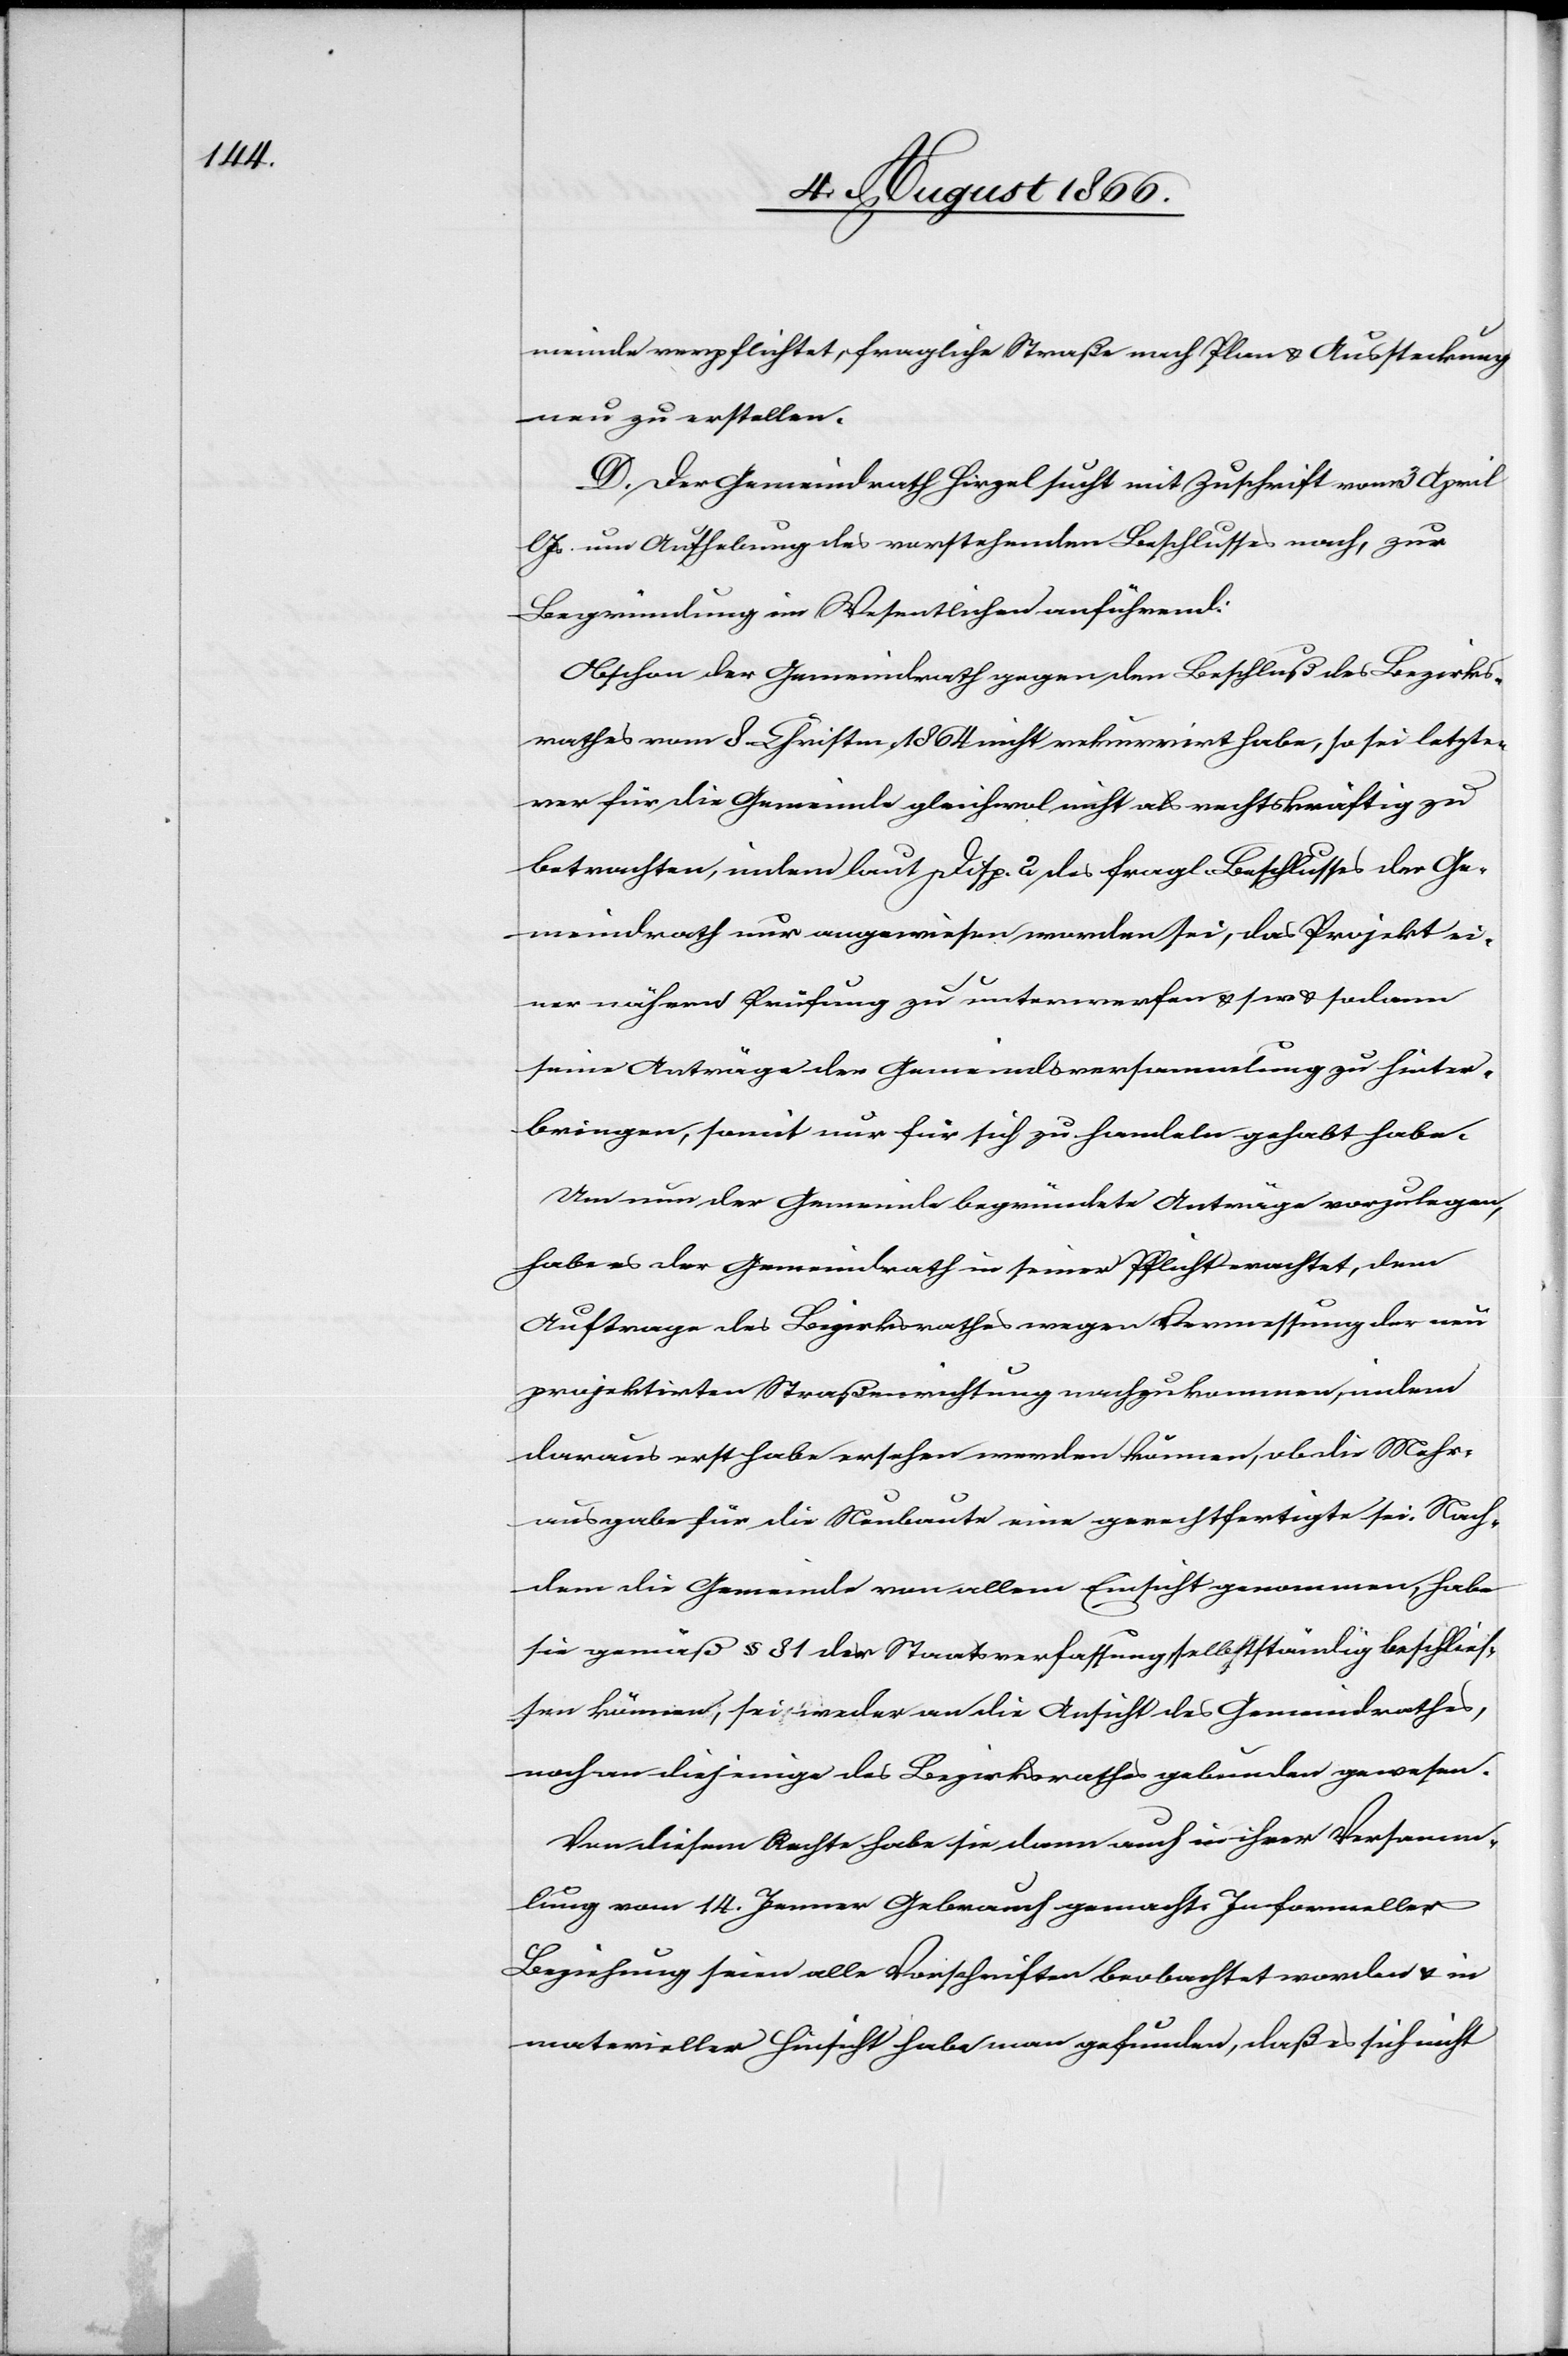
meinde verpflichtet, fragliche Straße nach Plan u. Aussteckung
neu zu erstellen.
D. Der Gemeindrath Hirzel sucht mit Zuschrift vom 3. April
Js. um Aufhebung des vorstehenden Beschlusses nach, zur
Begründung im Wesentlichen anführend:
Obschon der Gemeindrath gegen den Beschluß des Bezirks¬
rathes vom 8. Christm. 1864 nicht rekurrirt habe, so sei letzte¬
rer für die Gemeinde gleichwol nicht als rechtskräftig zu
betrachten, indem laut Disp. 2 des fragl. Beschlusses der Ge¬
meindrath nur angewiesen worden sei, das Projekt ei¬
ner näheren Prüfung zu unterwerfen u. s. w. u. sodann
seine Anträge der Gemeindsversammlung zu hinter¬
bringen, somit nur für sich zu handeln gehabt habe.
Um nun der Gemeinde begründete Anträge vorzulegen,
habe es der Gemeindrath in seiner Pflicht erachtet, dem
Auftrage des Bezirksrathes wegen Vermessung der neu
projektirten Straßenrichtung nachzukommen, indem
daraus erst habe ersehen werden können, ob die Mehr¬
ausgabe für die Neubaute eine gerechtfertigte sei. Nach¬
dem die Gemeinde von allem Einsicht genommen, habe
sie gemäß § 81 der Staatsverfassung selbstständig beschlies¬
sen können, sei weder an die Ansicht des Gemeindrathes,
noch an diejenige des Bezirksrathes gebunden gewesen.
Von diesem Rechte habe sie dann auch in ihrer Versamm¬
lung vom 14. Jenner Gebrauch gemacht. In formeller
Beziehung seien alle Vorschriften beobachtet worden u. in
materieller Hinsicht habe man gefunden, daß es sich nicht